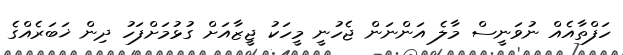
ހަފްތާއެއް ނުވަނީސް މާލެ އަންނަން ޖެހުނީ މީހަކު ޖީޒާއަށް ގުޅުމަށްފަހު ދިން ޚަބަރެއްގެ